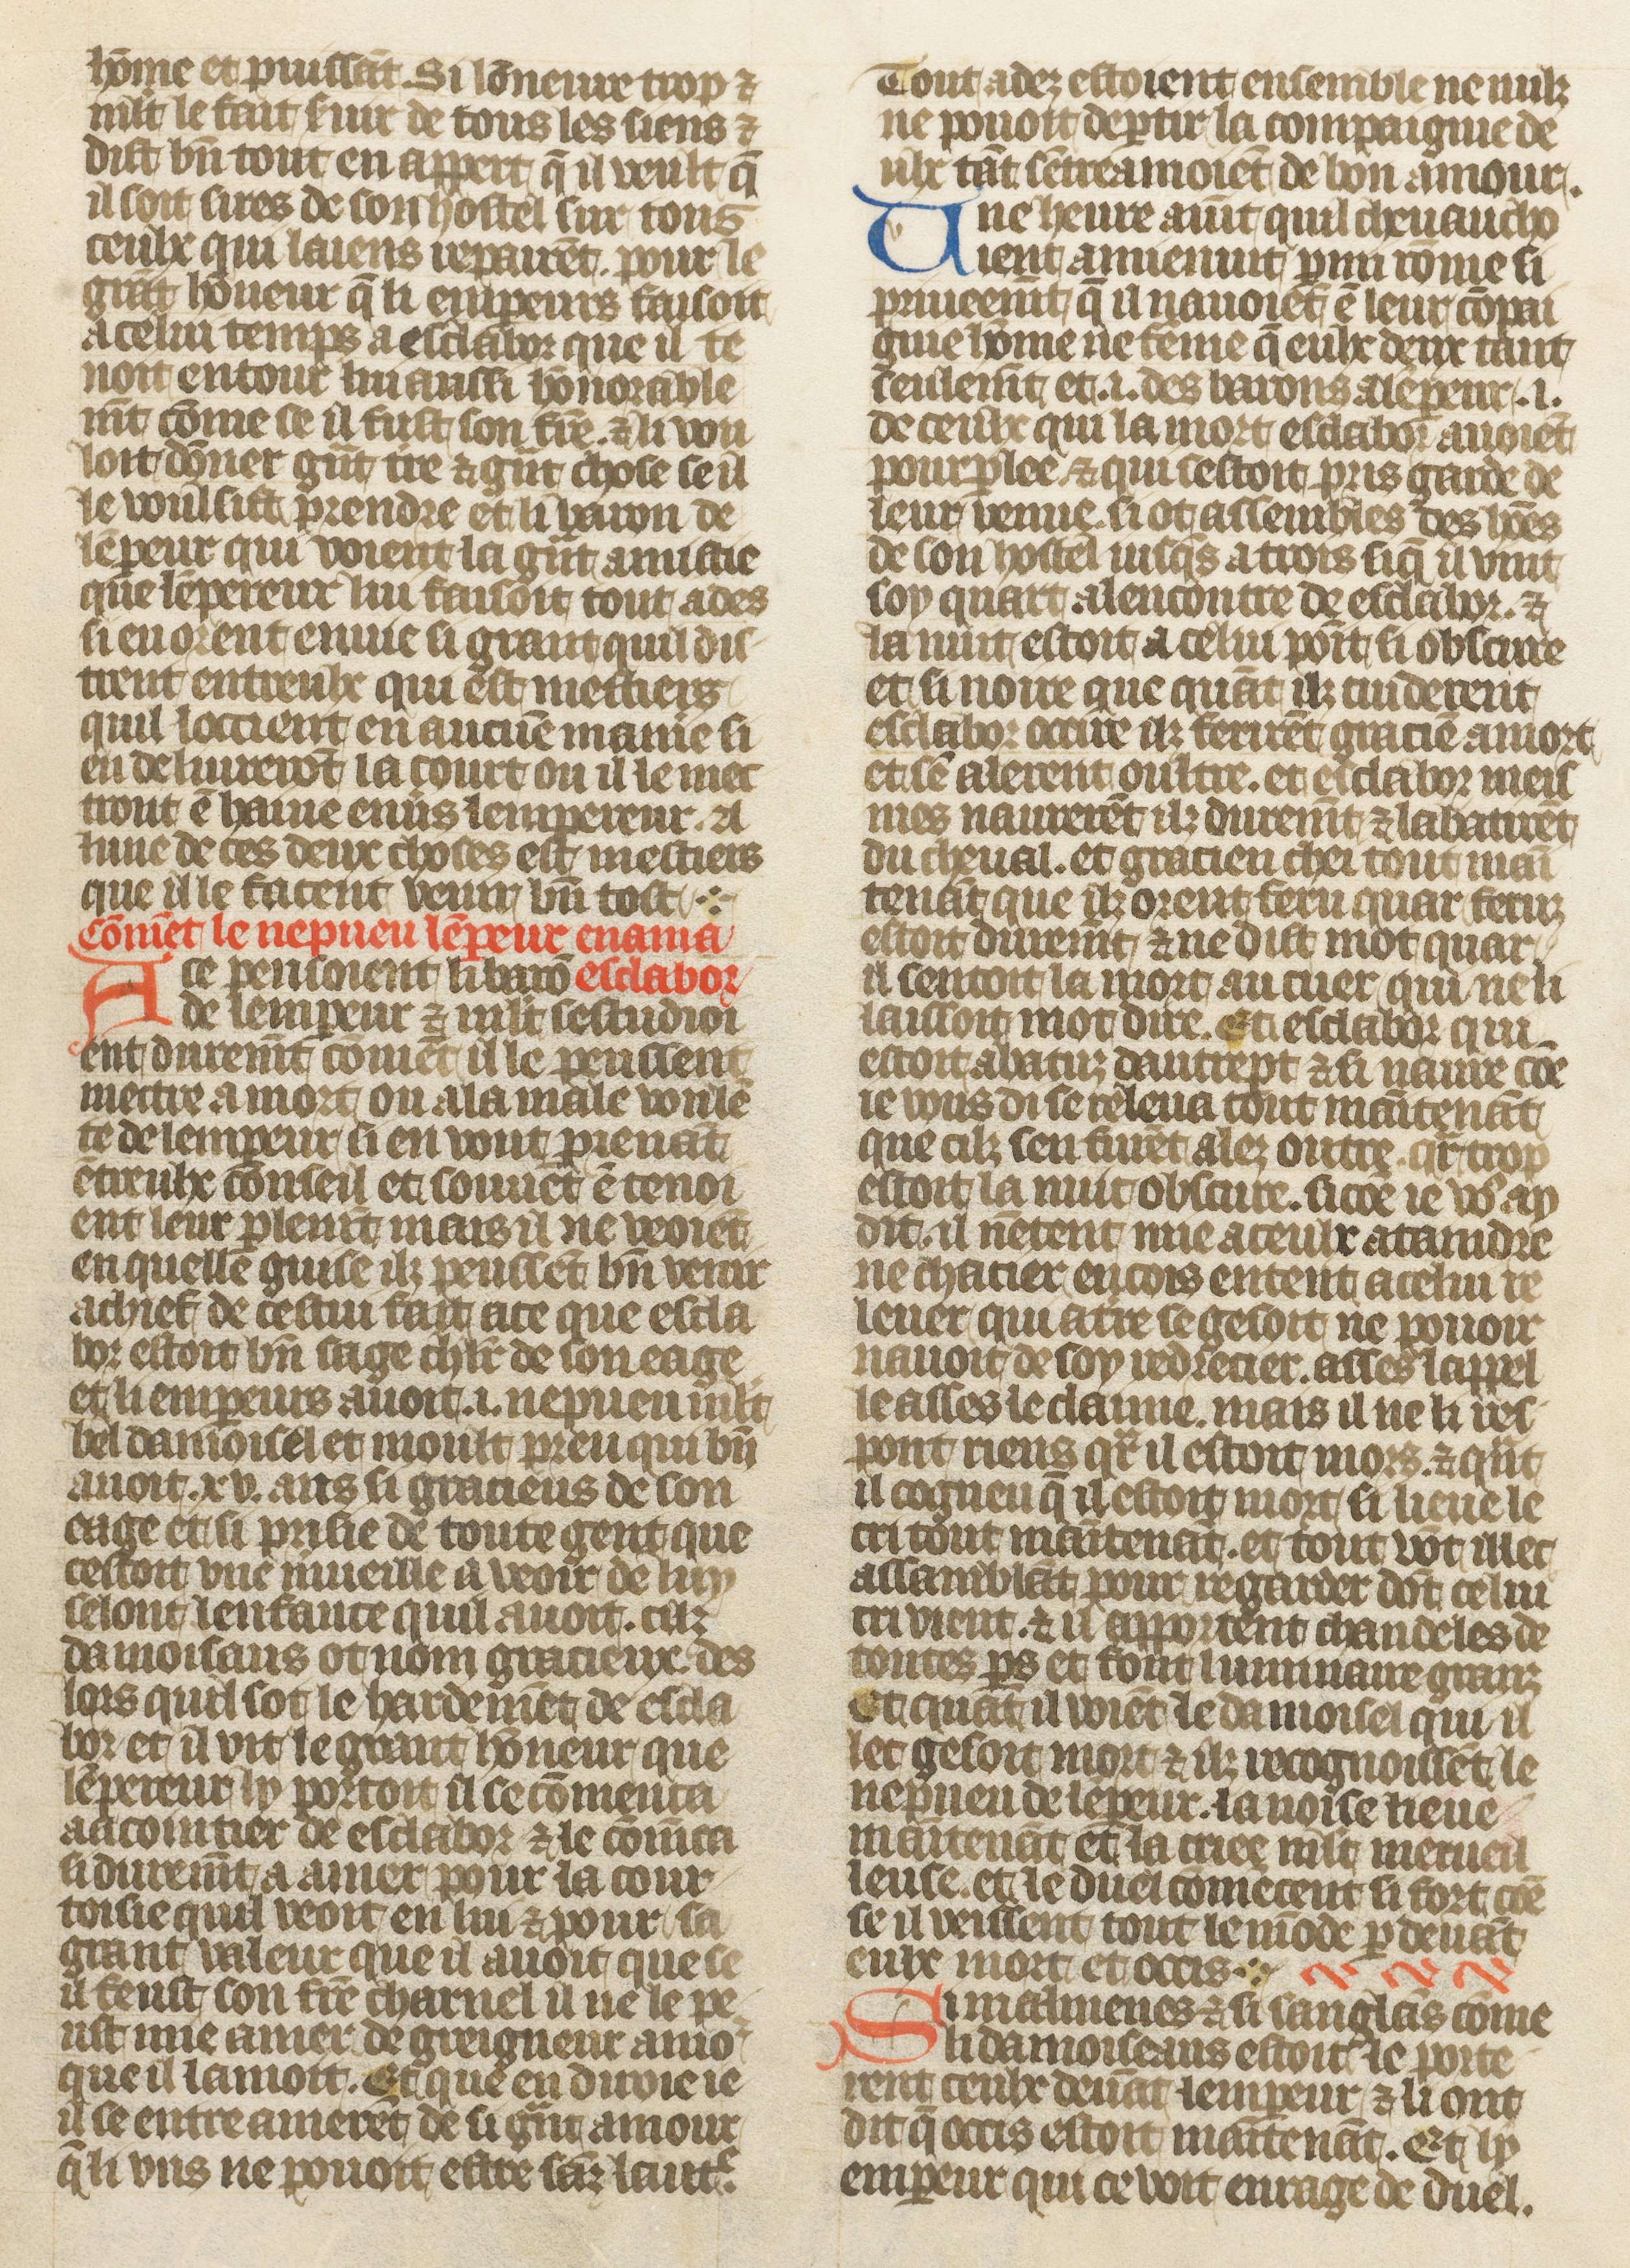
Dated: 1410–1430